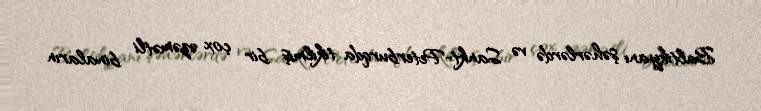
Baltikyanı şəhərlərdə və Sankt-Peterburqda tikilmiş bir çox əzəmətli binaların